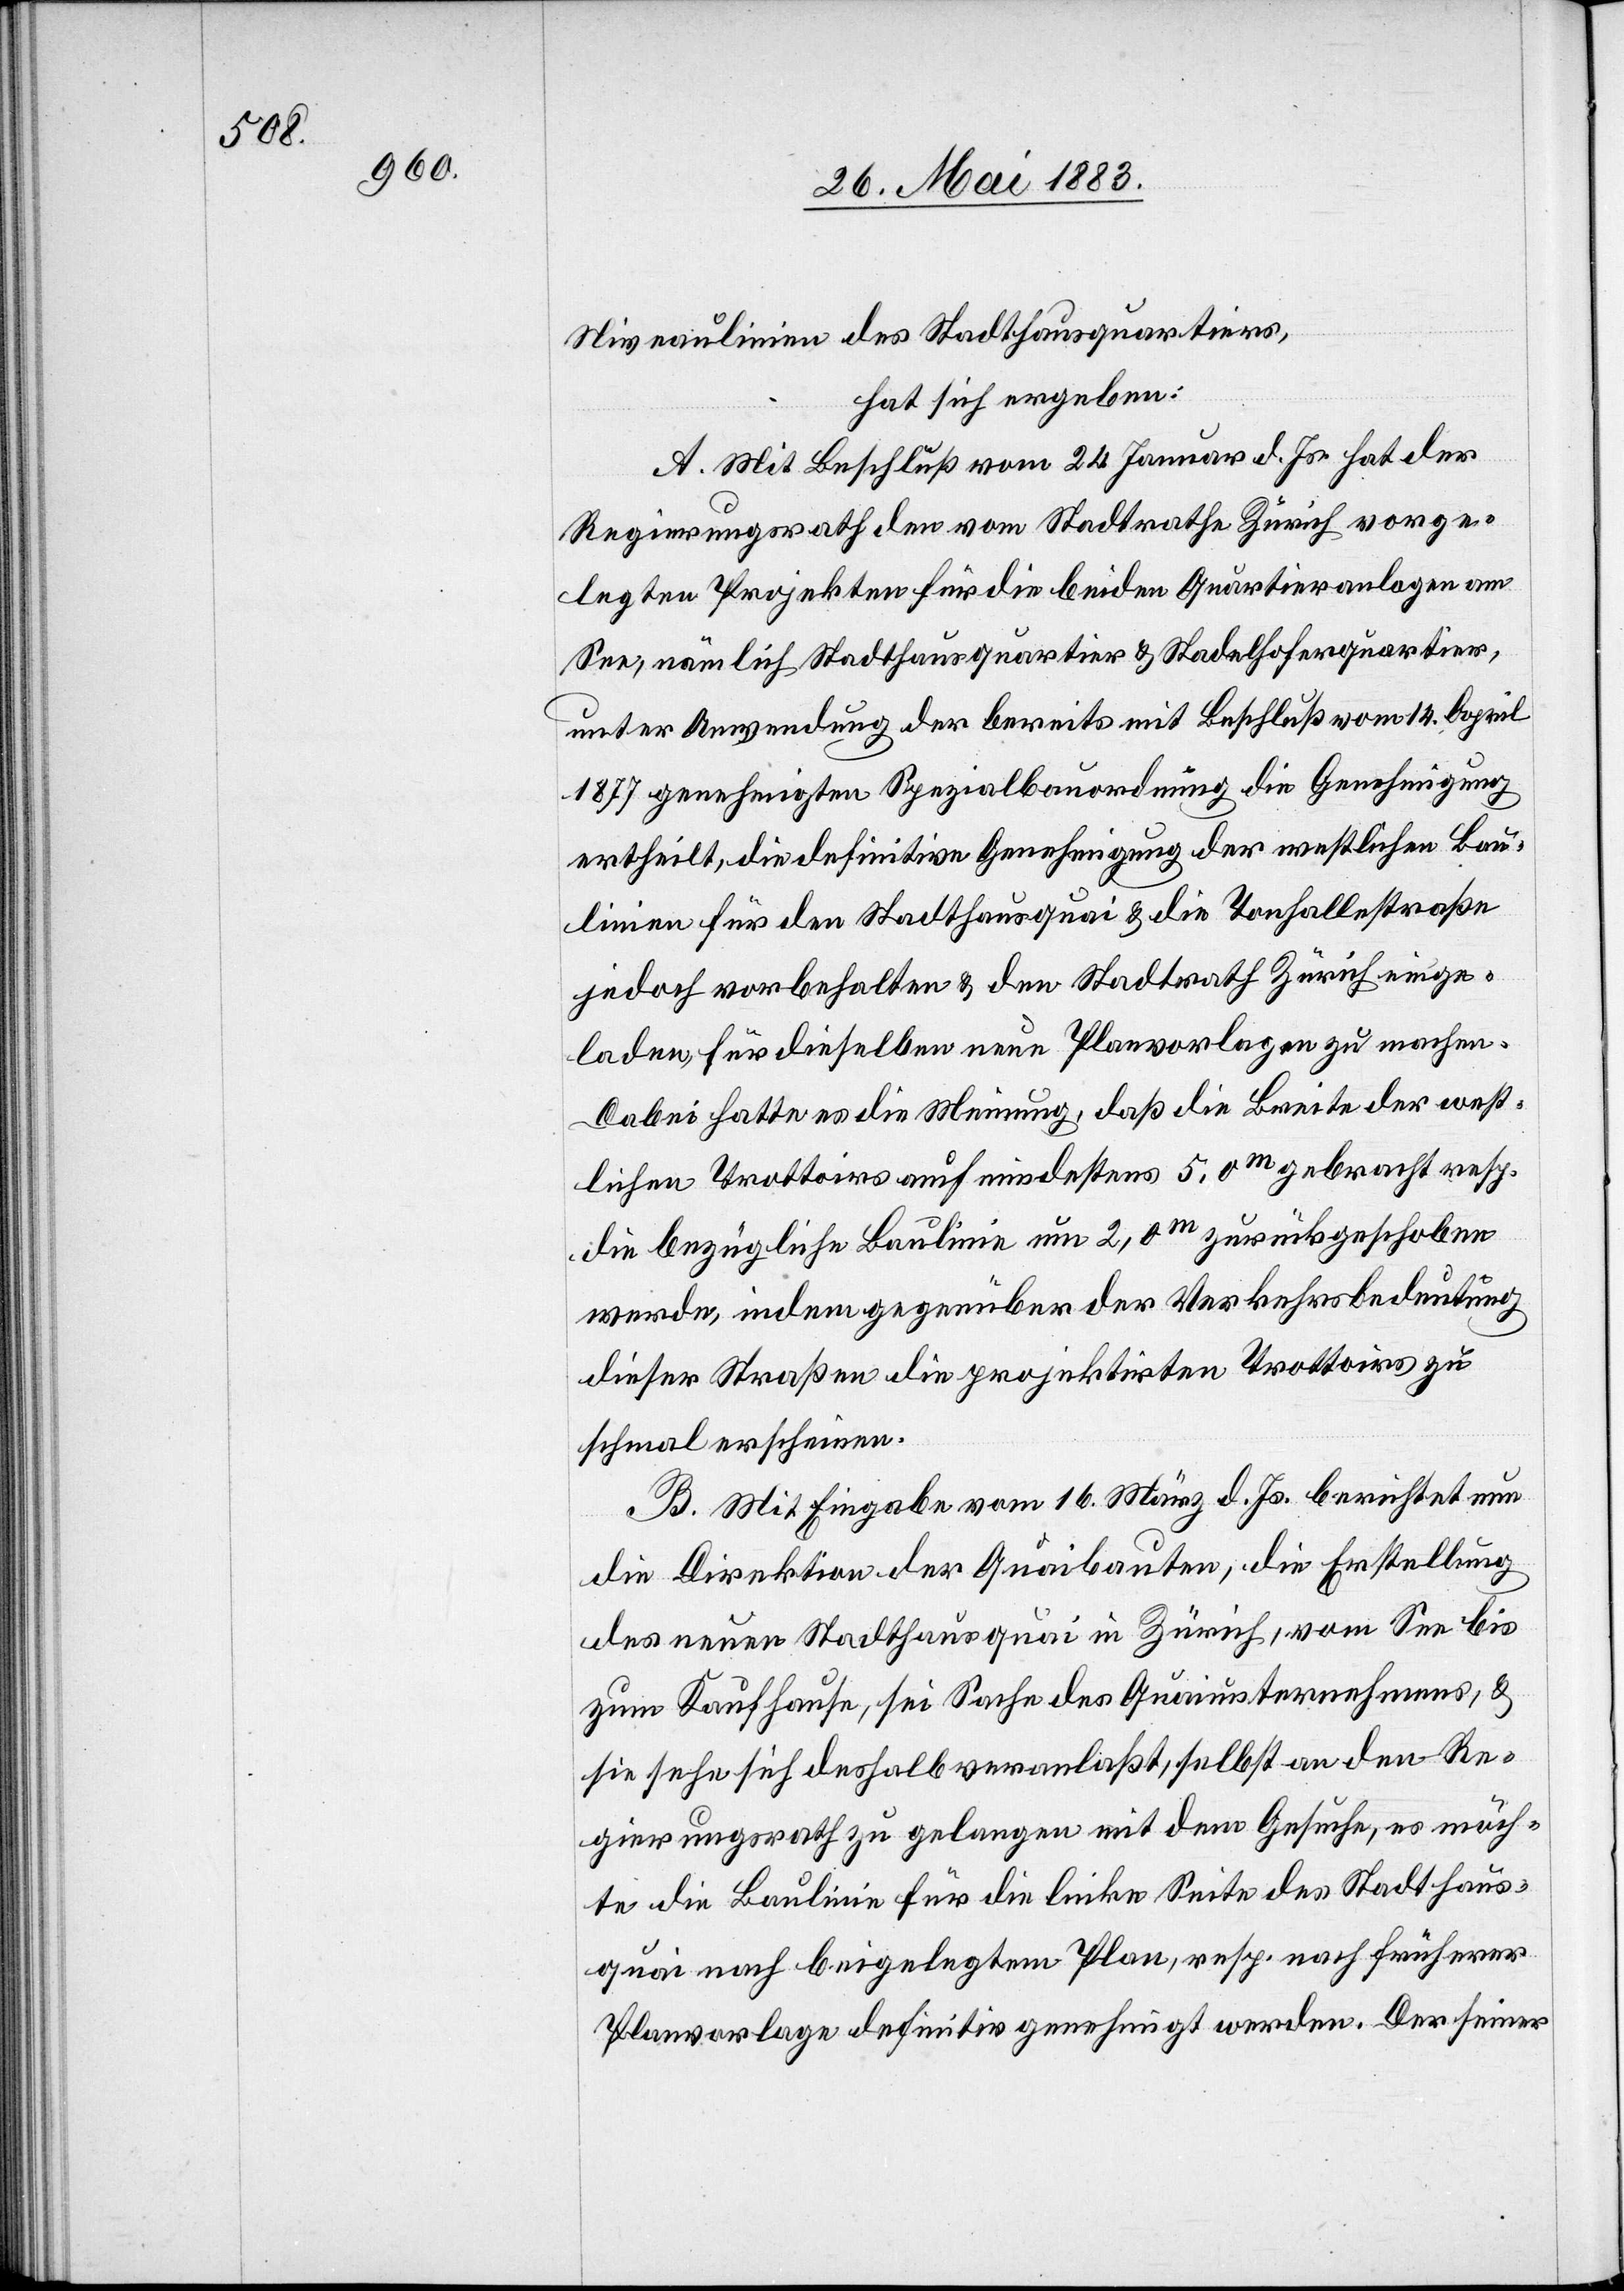
Niveaulinien des Stadthausquartiers,
hat sich ergeben:
A. Mit Beschluß vom 24. Januar d. Js. hat der
Regierungsrath den vom Stadtrathe Zürich vorge¬
legten Projekten für die beiden Quartieranlagen am
See, nämlich Stadthausquartier & Stadelhoferquartier,
unter Anwendung der bereits mit Beschluß vom 14. April
1877 genehmigten Spezialbauordnung die Genehmigung
ertheilt, die definitive Genehmigung der westlichen Bau¬
linien für den Stadthausquai & die Tonhallestraße
jedoch vorbehalten & den Stadtrath Zürich einge¬
laden, für dieselben neue Planvorlagen zu machen.
Dabei hatte es die Meinung, daß die Breite der west¬
lichen Trottoirs auch mindestens 5,0m gebracht resp.
die bezügliche Baulinie um 2,0m zurückgeschoben
werde, indem gegenüber der Verkehrsbedeutung
dieser Straßen die projektirten Trottoirs zu
schmal erscheinen.
B. Mit Eingabe vom 16. März d. Js. berichtet nun
die Direktion der Quaibauten, die Erstellung
des neuen Stadthausquai in Zürich, vom See bis
zum Kaufhause, sei Sache des Quaiunternehmens, &
sie sehe sich deshalb veranlaßt, selbst an den Re¬
gierungsrath zu gelangen mit dem Gesuche, es möch¬
te die Baulinie für die linke Seite des Stadthaus¬
quai nach beigelegtem Plan, resp. nach früherer
Planvorlage definitiv genehmigt werden. Der seiner